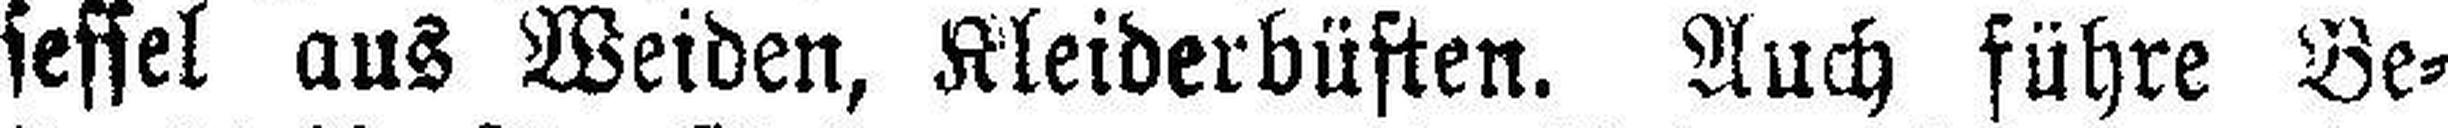
sessel aus Weiden, Kleiderbüsten. Auch führe Be¬